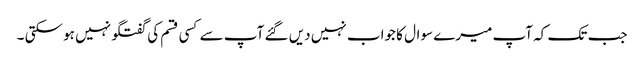
جب تک کہ آپ میرے سوال کا جواب نہیں دیں گئے آپ سے کسی قسم کی گفتگو نہیں ہو سکتی ۔